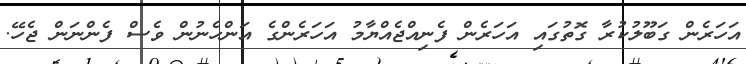
އަހަރެން ގަބޫލުކުރާ ގޮތުގައި އަހަރެން ފެނިއްޖެއްޔާމު އަހަރެންގެ އަންހެނުން ވެސް ފެންނަން ޖެހޭ.